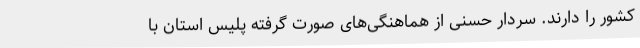
کشور را دارند. سردار حسنی از هماهنگی‌های صورت گرفته پلیس استان با